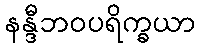
နန္ဒီဘဝပရိက္ခယာ